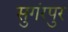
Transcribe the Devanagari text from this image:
सुगंरपुर